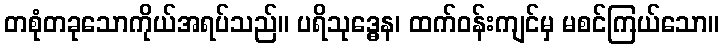
တစုံတခုသောကိုယ်အရပ်သည်။ ပရိသုဒ္ဓေန၊ ထက်ဝန်းကျင်မှ မစင်ကြယ်သော။